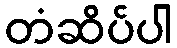
တံဆိပ်ပါ